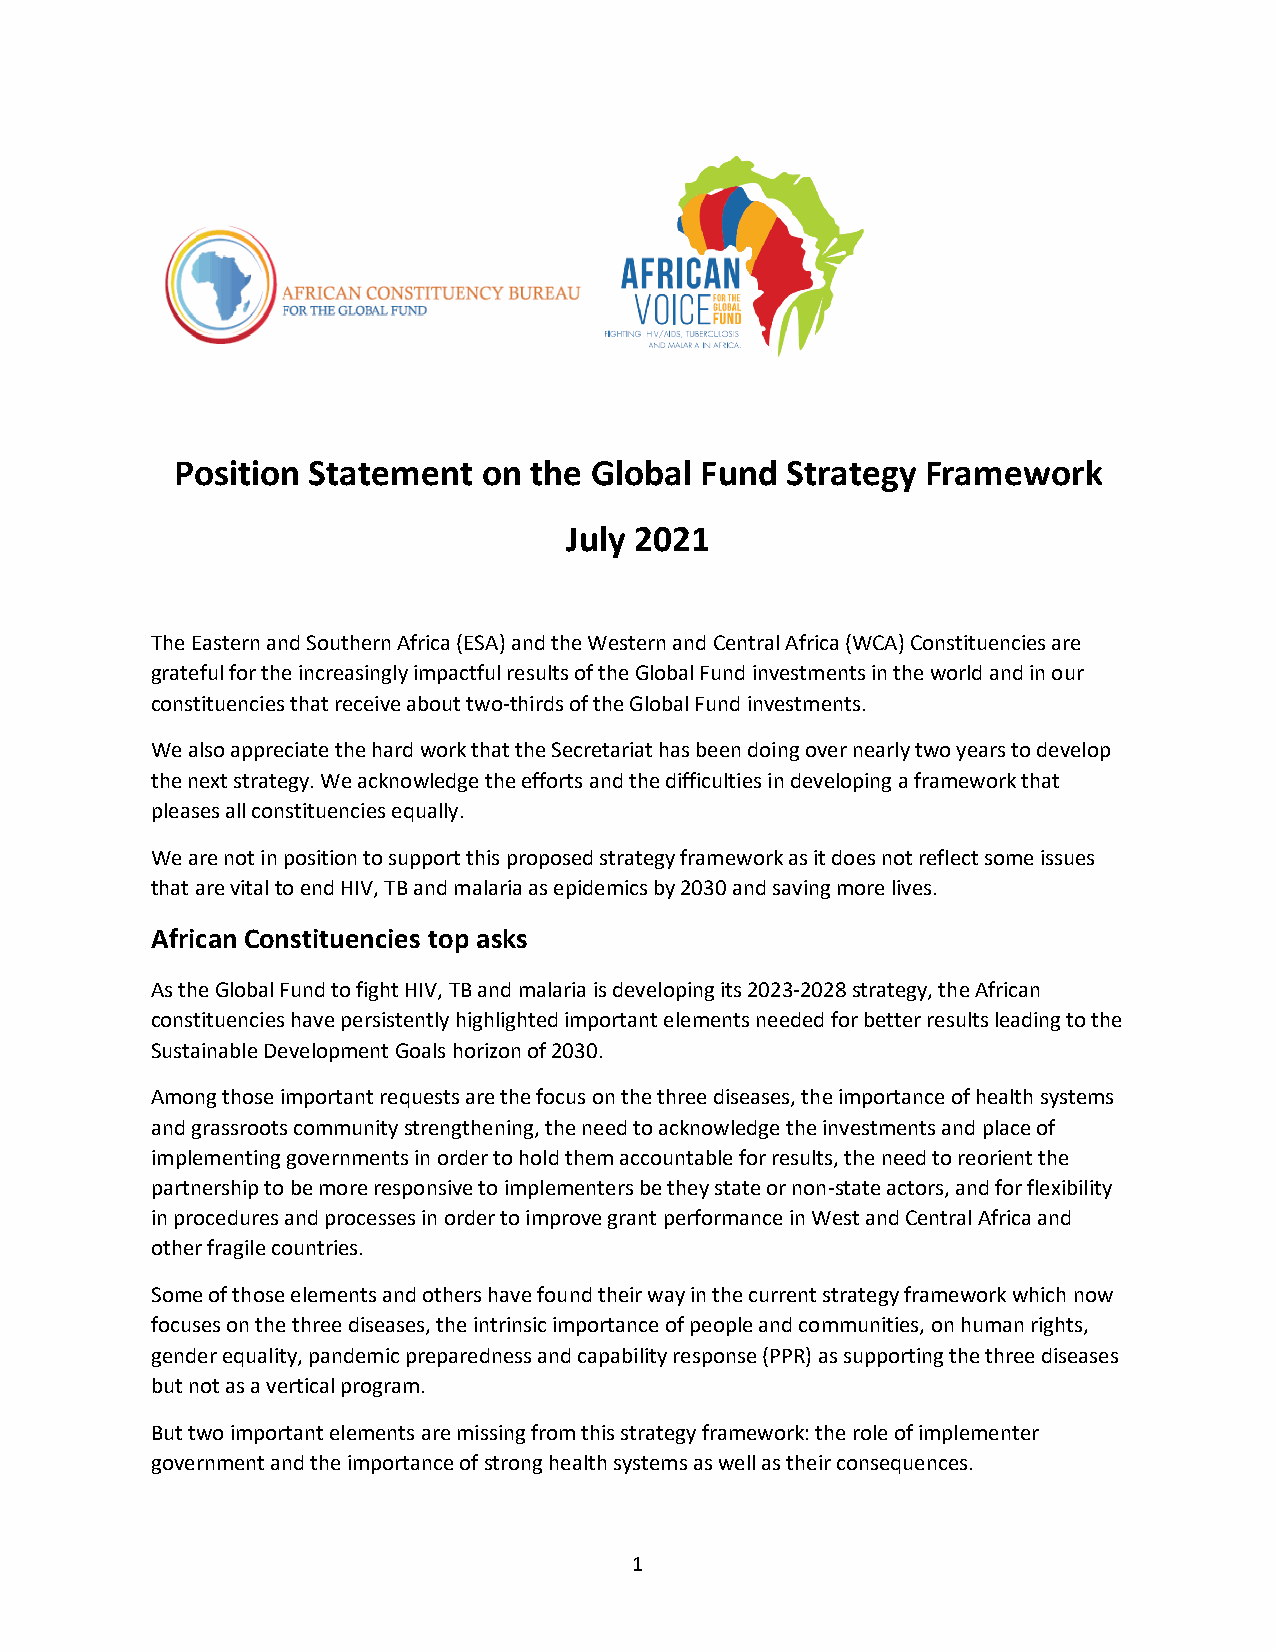
Position Statement  on the Global Fund  Strategy Framework
 July 2021
 The Eastern and Southern Africa (ESA) and the Western and Central Africa (WCA) Constituencies are
 grateful for the increasingly impactful results of the Global Fund investments in the world and in our
 constituencies that receive about two-thirds of the Global Fund investments.
 We also appreciate the hard work that the Secretariat has been doing over nearly two years to develop
 the next strategy. We acknowledge the efforts and the difficulties in developing a framework that
 pleases all constituencies equally.
 We are not in position to support this proposed strategy framework as it does not reflect some issues
 that are vital to end HIV, TB and malaria as epidemics by 2030 and saving more lives.
 African Constituencies top asks
 As the Global Fund to fight HIV, TB and malaria is developing its 2023-2028 strategy, the African
 constituencies have persistently highlighted important elements needed for better results leading to the
 Sustainable Development Goals horizon of 2030.
 Among those important requests are the focus on the three diseases, the importance of health systems
 and grassroots community strengthening, the need to acknowledge the investments and place of
 implementing governments in order to hold them accountable for results, the need to reorient the
 partnership to be more responsive to implementers be they state or non-state actors, and for flexibility
 in procedures and processes in order to improve grant performance in West and Central Africa and
 other fragile countries.
 Some of those elements and others have found their way in the current strategy framework which now
 focuses on the three diseases, the intrinsic importance of people and communities, on human rights,
 gender equality, pandemic preparedness and capability response (PPR) as supporting the three diseases
 but not as a vertical program.
 But two important elements are missing from this strategy framework: the role of implementer
 government and the importance of strong health systems as well as their consequences.
 1